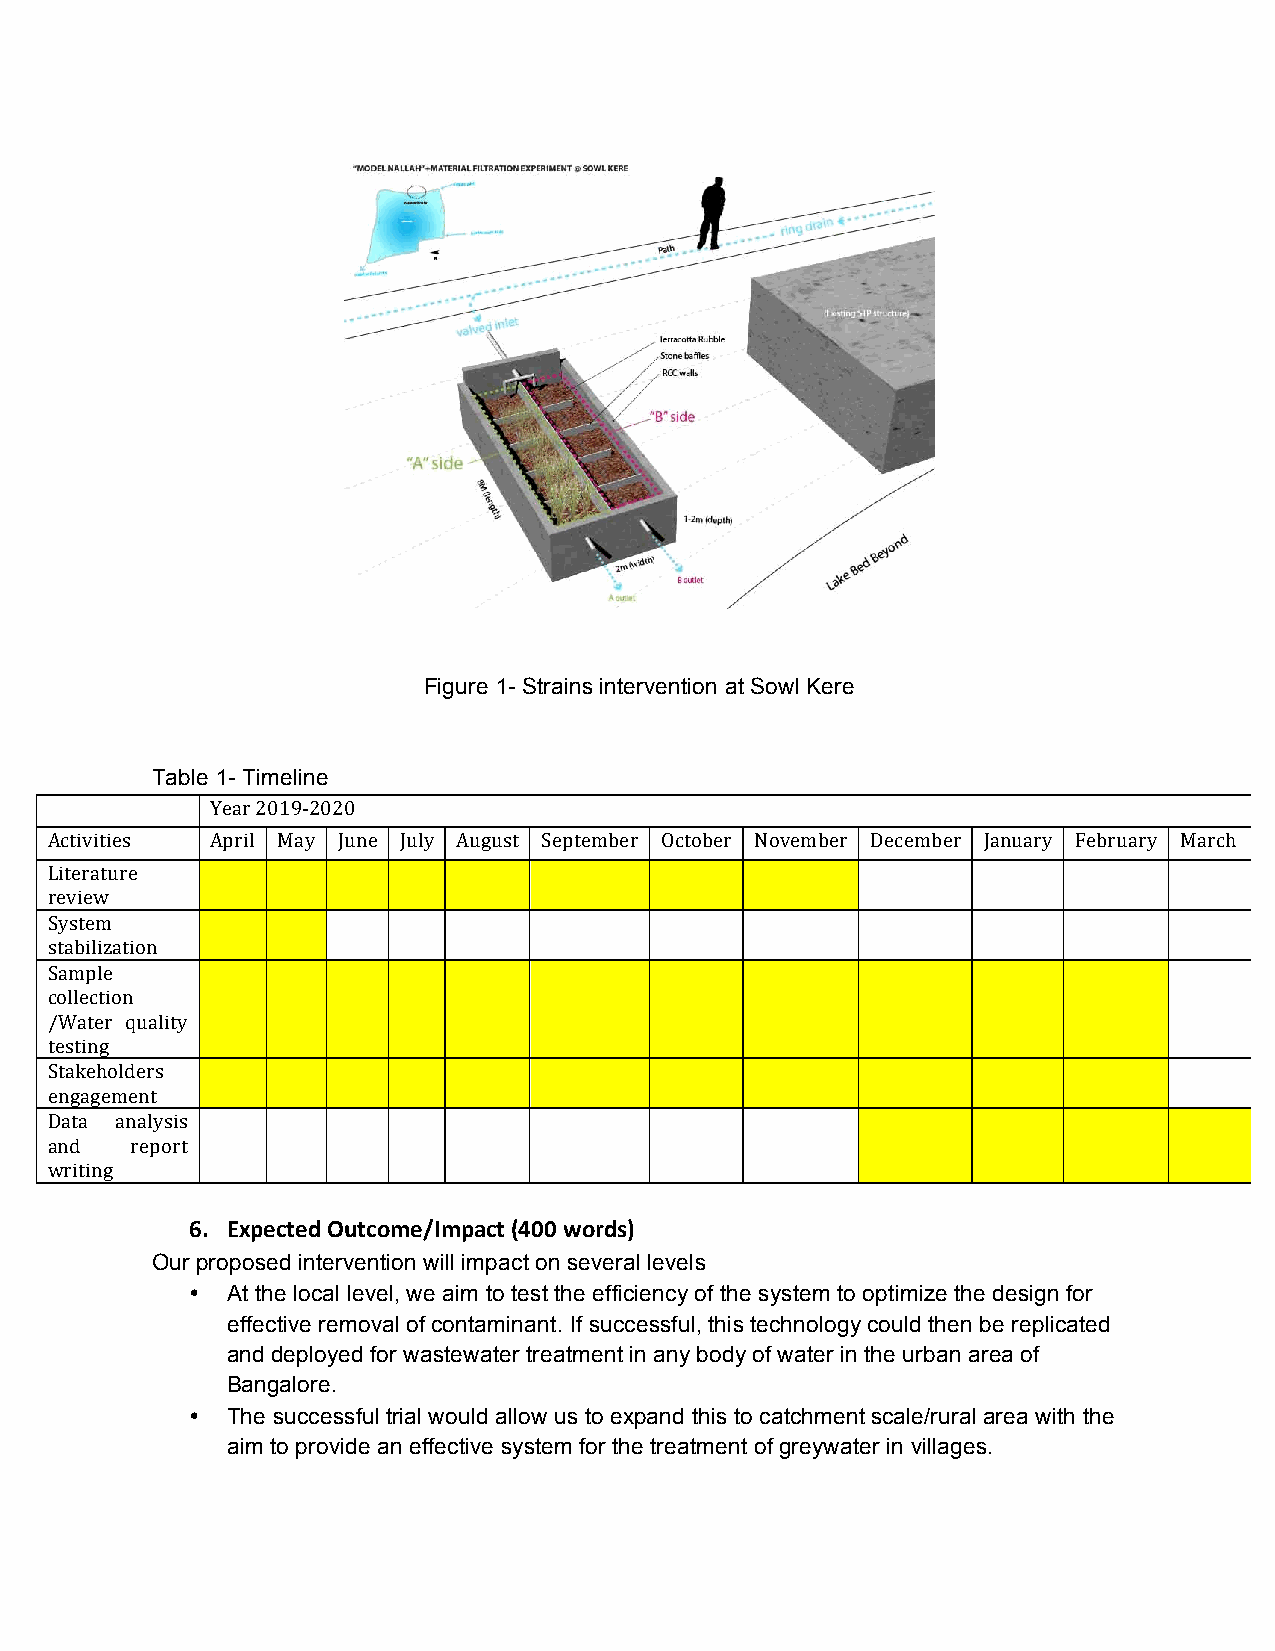
Figure 1- Strains intervention at Sowl Kere
 Table 1- Timeline
 Year 2019-2020
 Activities April May June July August September October November December January February March
 Literature
 review
 System
 stabilization
 Sample
 collection
 /Water quality
 testing
 Stakeholders
 engagement
 Data analysis
 and   report
 writing
 6. Expected Outcome/Impact (400 words)
 Our proposed intervention will impact on several levels
 • At the local level, we aim to test the efficiency of the system to optimize the design for
 effective removal of contaminant. If successful, this technology could then be replicated
 and deployed for wastewater treatment in any body of water in the urban area of
 Bangalore.
 • The successful trial would allow us to expand this to catchment scale/rural area with the
 aim to provide an effective system for the treatment of greywater in villages.